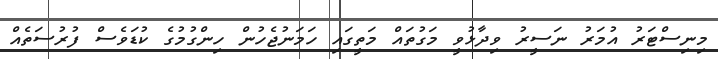
މިނިސްޓަރު އުމަރު ނަސީރު ވިދާޅުވީ މަގުތައް މަތީގައި ހަމަނުޖެހުން ހިންގުމުގެ ކުޑަވެސް ފުރުސަތެއް